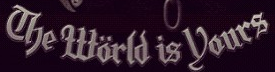
The World is Yours